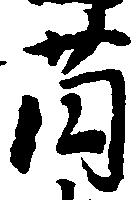
薗